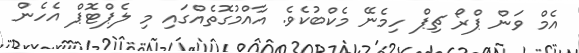
އެމް ވަން ޕްރޯ ޗިޕް ހިމެނޭ މެކްބުކެވެ. އާއްމުގޮތެއްގައި މި ލެޕްޓޮޕް އެހެން